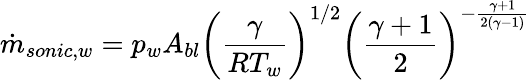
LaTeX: \dot{m}_{sonic,w}=p_{w}A_{bl}\left(\frac{\gamma}{RT_{w}}\right)^{1/2}\left(\frac{\gamma+1}{2}\right)^{-\frac{\gamma+1}{2(\gamma-1)}}